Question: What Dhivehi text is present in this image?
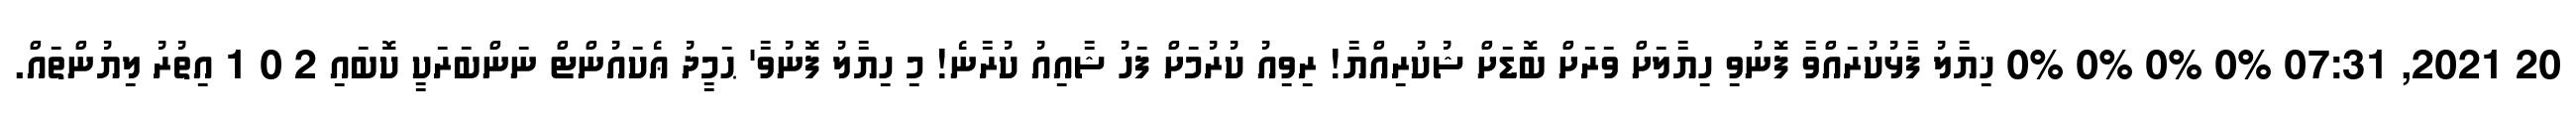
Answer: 20 2021, 07:31 0% 0% 0% 0% ޚިޔާލު ފާޅުކުރައްވާ ފޮނުވި ހިޔާލަށް ވަރަށް ބޮޑަށް ޝުކުރިއްޔާ! ރިވިއު ކުރުމަށް ފަހު ޝާއިއު ކުރާނެ! މި ހިޔާލު ފޮނުވާ' ޙަމީދު ޢެކައުންޓް ނަންބަރަކީ ކޮބައި 2 0 1 އިތުރު ލިޔުންތައް.